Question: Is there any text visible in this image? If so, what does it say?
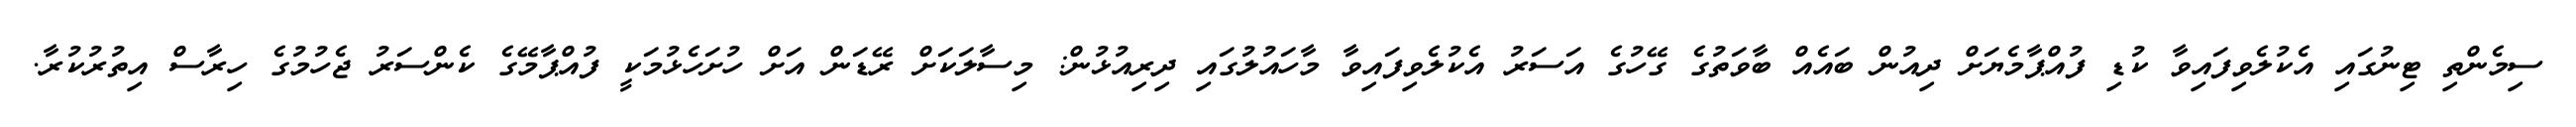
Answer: ސިމެންތި ޓިނުގައި އެކުލެވިފައިވާ ކުޑި ފުއްޕާމެޔަށް ދިއުން ބައެއް ބާވަތުގެ ގޭހުގެ އަސަރު އެކުލެވިފައިވާ މާހައުލުގައި ދިރިއުޅުން: މިސާލަކަށް ރޭޑަން އަށް ހުށަހެޅުމަކީ ފުއްޕާމޭގެ ކެންސަރު ޖެހުމުގެ ހިރާސް އިތުރުކުރާ.